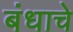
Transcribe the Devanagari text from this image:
बंधाचे